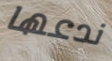
ندعها